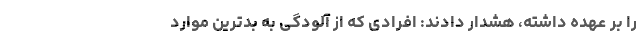
را بر عهده داشته، هشدار دادند: افرادی که از آلودگی به بدترین موارد